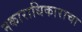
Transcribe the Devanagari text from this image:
नकाराधिकाराचा